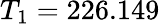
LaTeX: T_{1}=226.149